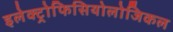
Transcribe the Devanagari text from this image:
इलेक्ट्रोफिसियोलोजिकल